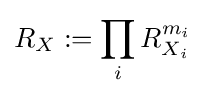
R_{X}:=\prod _{i}R_{X_{i}}^{m_{i}}